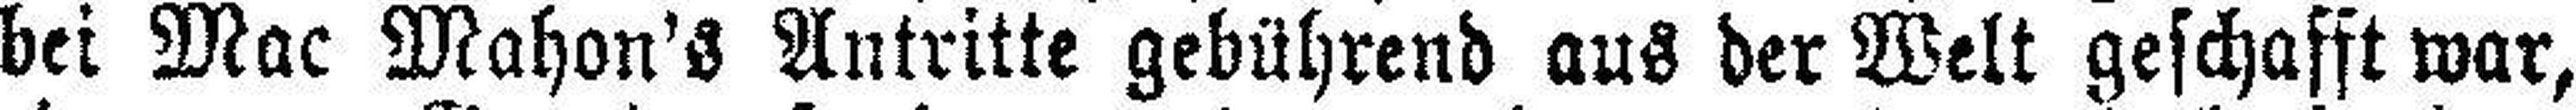
bei Mac Mahon's Antritte gebührend aus der Welt geschafft war,